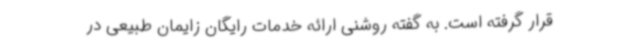
قرار گرفته است. به گفته روشنی ارائه خدمات رایگان زایمان طبیعی در